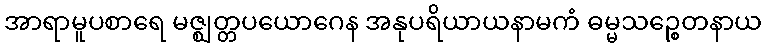
အာရာမူပစာရေ မဇ္ဈတ္တပယောဂေန အနုပရိယာယနာမကံ ဓမ္မသဉ္စေတနာယ